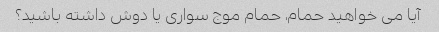
آیا می خواهید حمام، حمام موج سواری یا دوش داشته باشید؟